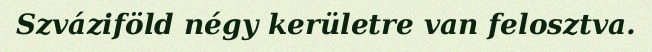
Szváziföld négy kerületre van felosztva.